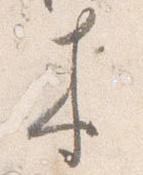
来